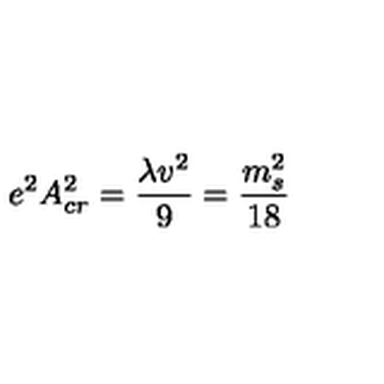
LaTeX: e ^ { 2 } A _ { c r } ^ { 2 } = { \frac { \lambda v ^ { 2 } } { 9 } } = { \frac { m _ { s } ^ { 2 } } { 1 8 } }